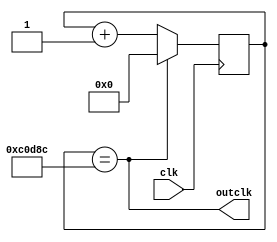
module clk63_3hz(
	input wire clk,
	output wire outclk
);
	reg [19:0] cnt = 0;
	assign outclk = cnt == 789900;
	always @(posedge clk)
		if(outclk)
			cnt <= 0;
		else
			cnt <= cnt + 20'b1;
endmodule